NAE_ERA_R-1665_Eesti_Kunstnike_Liit, lk 35
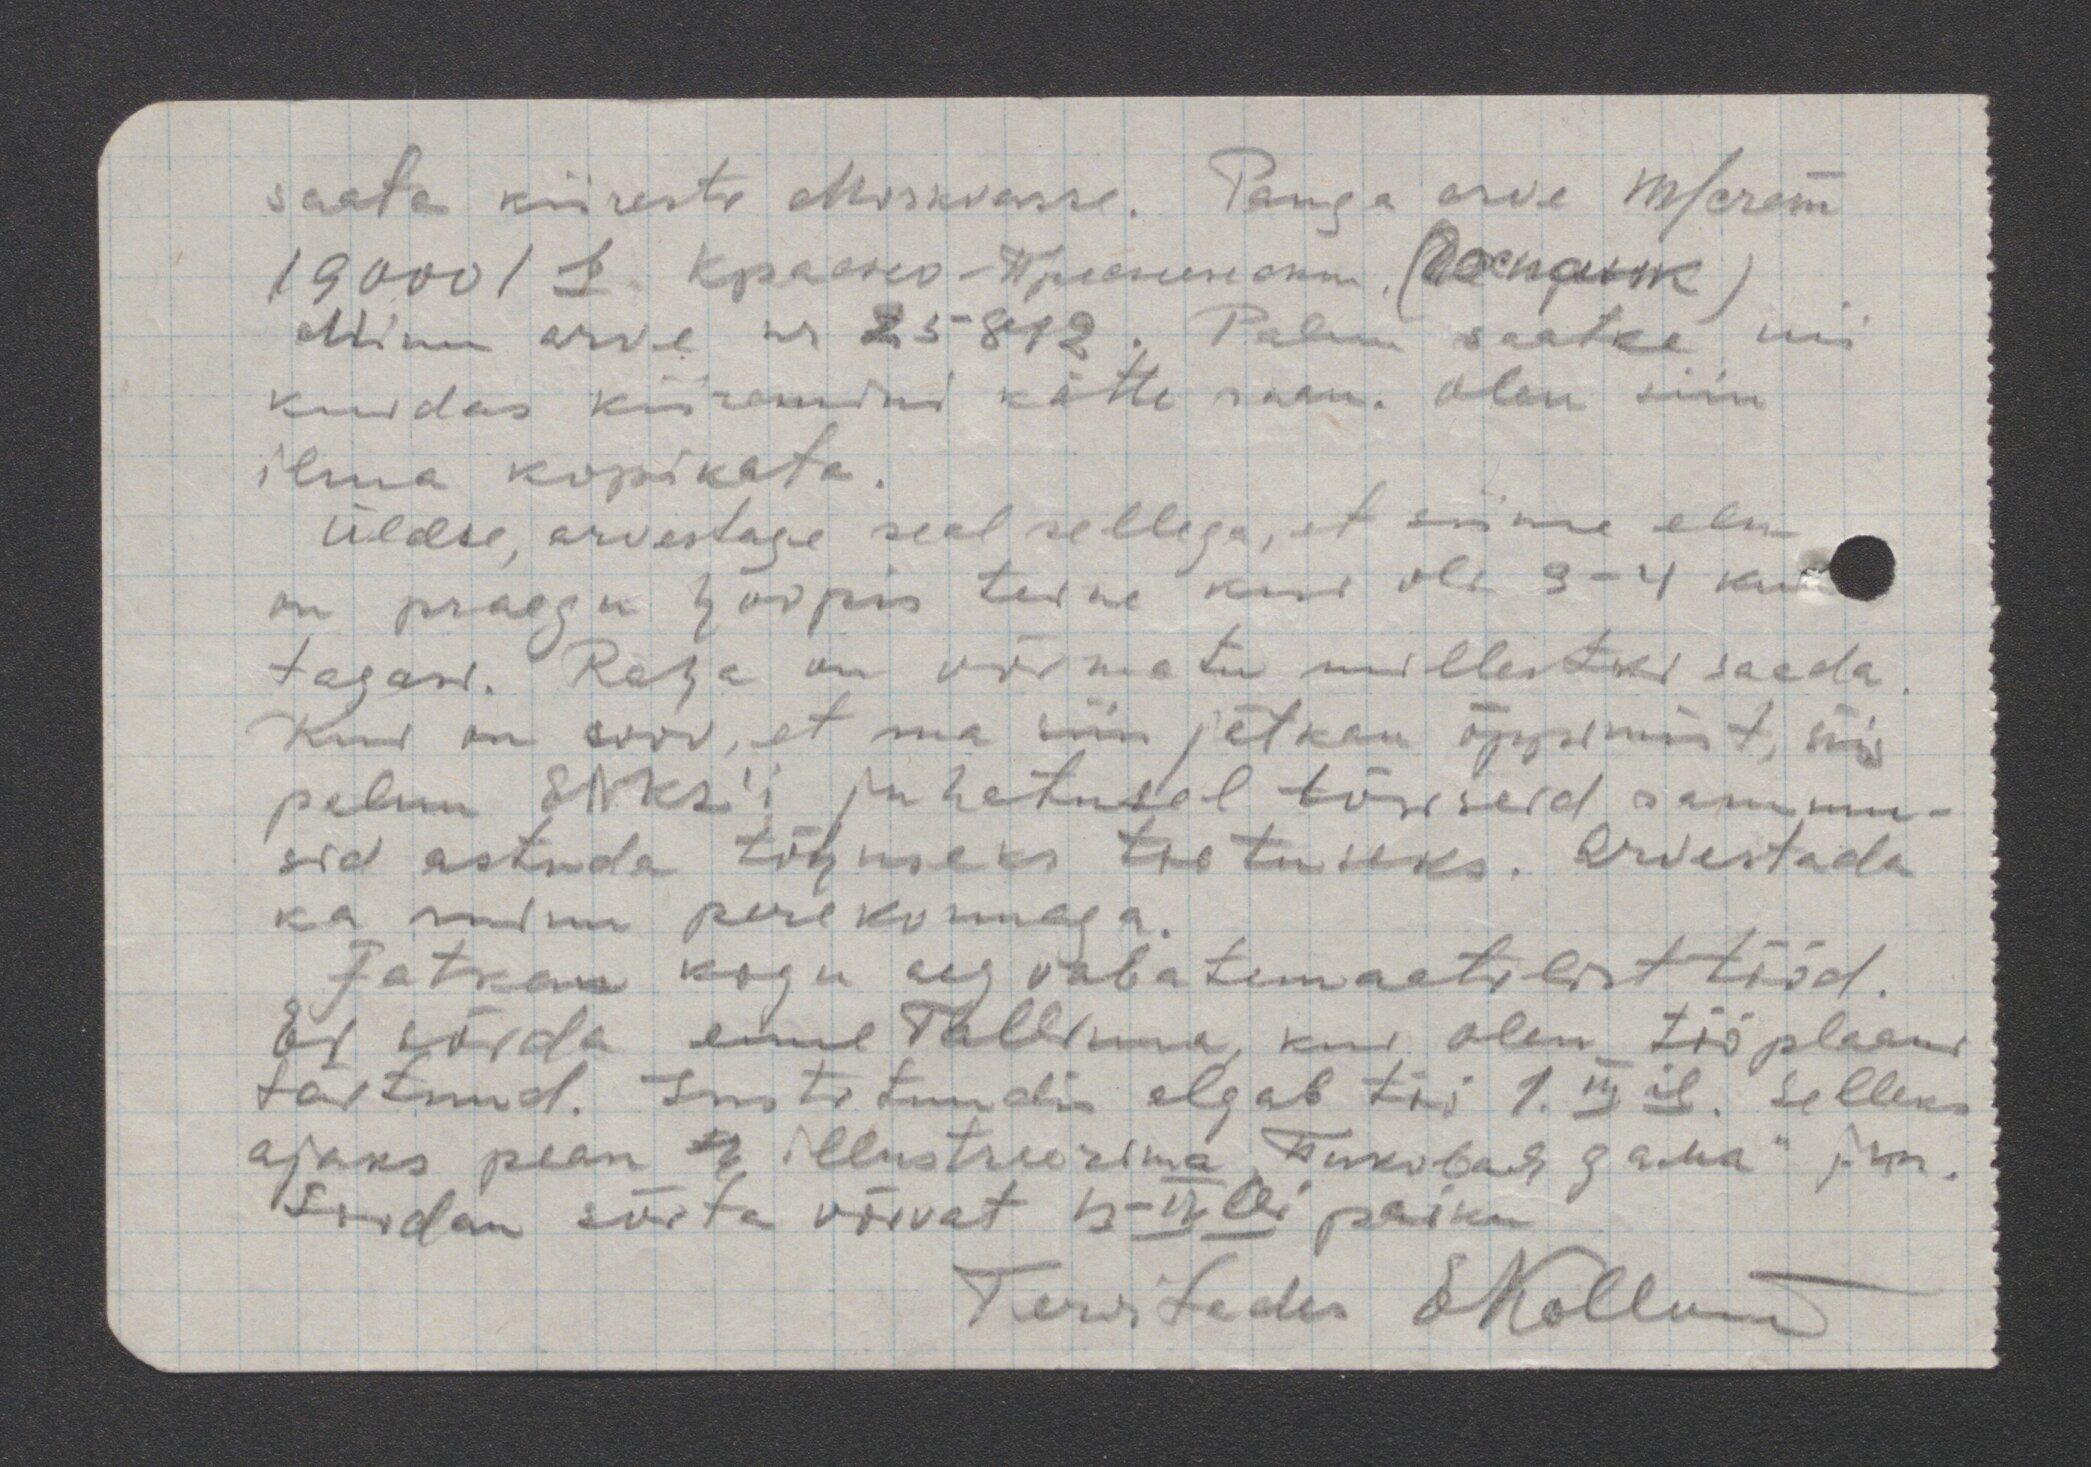
saata kiiresti Moskvasse. Panga arve Т/счет
19000 / b Красно- Пресненски (Госпанк)
Minu arve nr 25812. Palun saatke nii
kuidas kiiremini kätte saan. Olen siin
ilma kopikata.
Üldse, arvestage seal sellega, et siinn elu
on praegu hoopis teine kui oli 3-4 kuud
tagasi. Raha on võimatu millestki saada.
Kui on soov, et ma siin jätkan õppimist, siis
palun ENKL´i juhatusel tõsiseid sammu-
sid astuda tõhusaks toetuseks. Arvestada
ka minu perekorraga.
Jatkan kogu aeg vabatemaatilist tööd.
Ei sõida enne Tallinna, kui olen tööplaani
täitnud. Instituudis algab töö 1. IIIil. Selleks
ajaks pean 4 illustreerima "Пиковая дама" jpn.
Loodan sõita võivat 13- IVlli paiku.
Tervitades EKollom